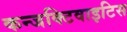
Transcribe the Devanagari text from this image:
कन्जक्टिवाइटिस